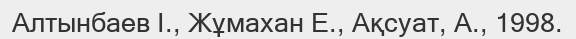
Алтынбаев І., Жұмахан Е., Ақсуат, А., 1998.